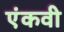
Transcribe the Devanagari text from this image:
एंकवी